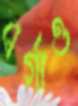
বর্গাও